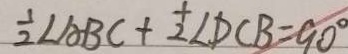
\frac { 1 } { 2 } \angle A B C + \frac { 1 } { 2 } \angle D C B = 9 0 ^ { \circ }